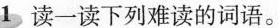
1 读一读下列难读的词语。